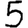
Digit: 5